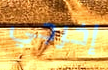
إخرجي